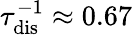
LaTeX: \tau_{\mathrm{{dis}}}^{-1}\approx 0.67